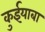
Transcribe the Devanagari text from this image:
कुईयाबा